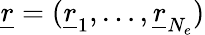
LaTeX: \underline{{r}}=(\underline{{r}}_{1},\dots,\underline{{r}}_{N_{e}})